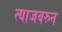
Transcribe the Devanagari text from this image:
त्याजवरुन